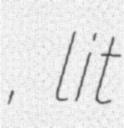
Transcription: יַעֲקֹב, lit